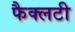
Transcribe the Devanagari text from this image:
फैक्‍लटी